Lunatic asylums Punjab 1911-1921 - 1911-1921
Year: 1911
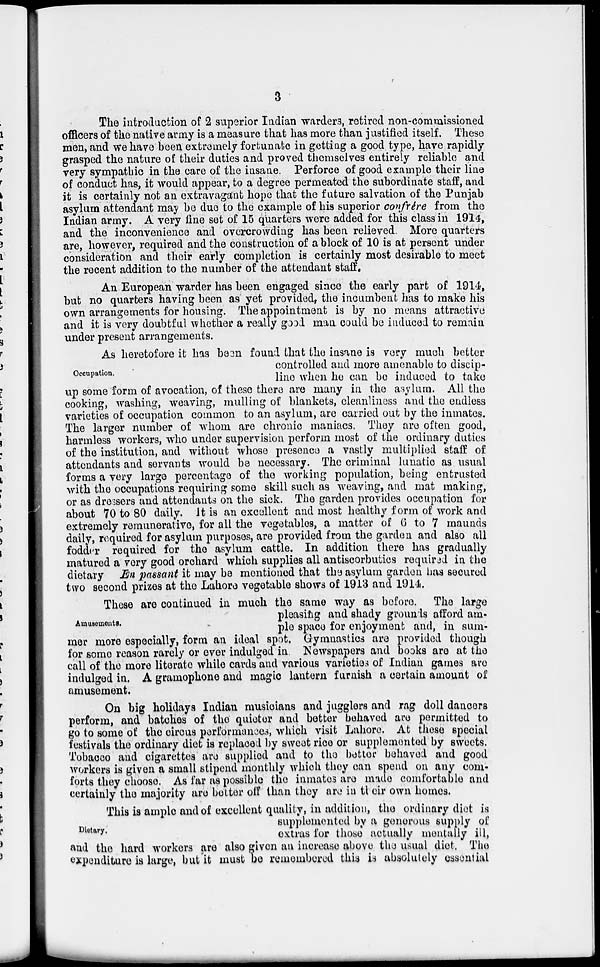
3
The introduction of 2 superior Indian warders, retired non-commissioned
officers of the native army is a measure that has more than justified itself. These
men, and we have been extremely fortunate in getting a good type, have rapidly
grasped the nature of their duties and proved themselves entirely reliable and
very sympathic in the care of the insane. Perforce of good example their line
of conduct has, it would appear, to a degree permeated the subordinate staff, and
it is certainly not an extravagant hope that the future salvation of the Punjab
asylum attendant may be due to the example of his superior confrére from the
Indian army. A very line set of 15 quarters were added for this class in 1914,
and the inconvenience and overcrowding has been relieved. More quarters
are, however, required and the construction of a block of 10 is at persent under
consideration and their early completion is certainly most desirable to meet
the recent addition to the number of the attendant staff.
An European warder has been engaged since the early part of 1914,
but no quarters having been as yet provided, the incumbent has to make his
own arrangements for housing. The appointment is by no means attractive
and it is very doubtful whether a really good man could be induced to remain
under present arrangements.
Occupation.
As heretofore it has been found that the insane is very much better
controlled and more amenable to discip-
line when he can be induced to take
up some form of avocation, of these there are many in the asylum. All the
cooking, washing, weaving, mulling of blankets, cleanliness and the endless
varieties of occupation common to an asylum, are carried out by the inmates.
The larger number of whom are chronic maniacs. They are often good,
harmless workers, who under supervision perform most of the ordinary duties
of the institution, and without whose presence a vastly multiplied staff of
attendants and servants would be necessary. The criminal lunatic as usual
forms a very large percentage of the working population, being entrusted
with the occupations requiring some skill such as weaving, and mat making,
or as dressers and attendants on the sick. The garden provides occupation for
about 70 to 80 daily. It is an excellent and most healthy form of work and
extremely remunerative, for all the vegetables, a matter of 6 to 7 maunds
daily, required for asylum purposes, are provided from the garden and also all
fodder required for the asylum cattle. In addition there has gradually
matured a very good orchard which supplies all antiscorbutics required in the
dietary En passant it may be mentioned that the asylum garden has secured
two second prizes at the Lahore vegetable shows of 1913 and 1914.
Amusements.
These are continued in much the same way as before. The large
pleasing and shady grounds afford am-
ple space for enjoyment and, in sum-
mer more especially, form an ideal spot. Gymnastics are provided though
for some reason rarely or ever indulged in Newspapers and books are at the
call of the more literate while cards and various varieties of Indian games are
indulged in. A gramophone and magic lantern furnish a certain amount of
amusement.
On big holidays Indian musicians and jugglers and rag doll dancers
perform, and batches of the quieter and better behaved are permitted to
go to some of the circus performances, which visit Lahore. At these special
festivals the ordinary diet is replaced by sweet rice or supplemented by sweets.
Tobacco and cigarettes are supplied and to the better behaved and good
workers is given a small stipend monthly which they can spend on any com-
forts they choose. As far as possible the inmates are made comfortable and
certainly the majority are belter off than they are in their own homes.
Dietary.
This is ample and of excellent quality, in addition, the ordinary diet is
supplemented by a generous supply of
extras for those actually mentally ill,
and the hard workers are also given an increase above the usual diet. The
expenditure is large, but it must be remembered this is absolutely essential